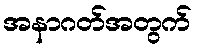
အနာဂတ်အတွက်